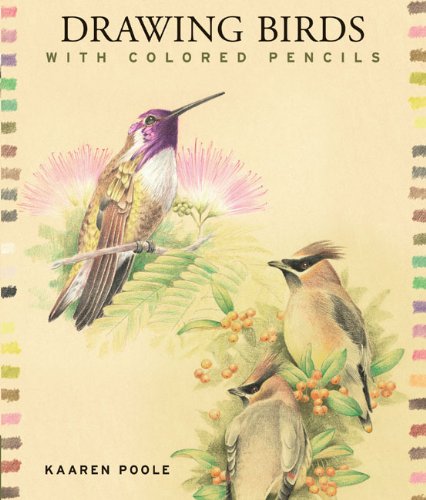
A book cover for Drawing Birds with Colored Pencils; Kaaren Poole; Arts & Photography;